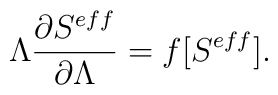
\Lambda \frac{\partial S^{eff}}{\partial\Lambda}=f[S^{eff}].